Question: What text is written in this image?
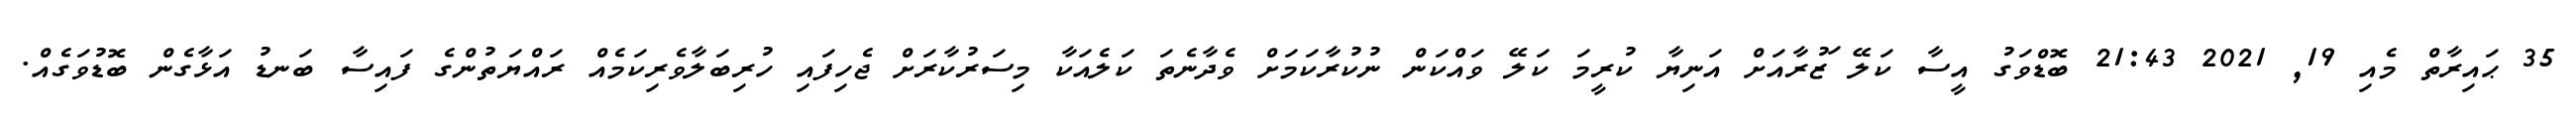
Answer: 35 ޙައިރާތް މެއި 19, 2021 21:43 ބޮޑްވަގު އީސާ ކަލޭ ަޒުރާއަށް އަނިޔާ ކުރީމަ ކަލޭ ވައްކަން ނުކުރާކަމަށް ވެދާނެތަ ކަލެއަކާ މިސަރުކާރަށް ޖެހިފައި ހުރިބަލާވެރިކަމެއް ރައްޔަތުންގެ ފައިސާ ބަނޑު އަޅާގެން ބޮޑުވަގެއް.